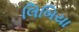
લિબિયા